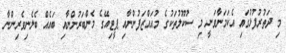
މި ދަތުރުފުޅުގައި އެކަމަނާވަނީ މި ސުކޫލުތަކުގެ މުއައްޒަފުންނާއި ޕީޓިއޭގެ މެންބަރުންނާއި ބައެއް ބެލެނިވެރިންނާ